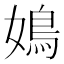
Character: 𡡅